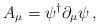
LaTeX: \begin{align*}A_{\mu}=\psi^{\dagger}\partial_{\mu}\psi\,,\end{align*}